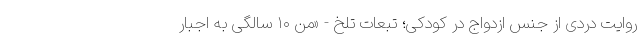
روایت دردی از جنس ازدواج در کودکی؛ تبعات تلخ - «من ۱۰ سالگی به اجبار